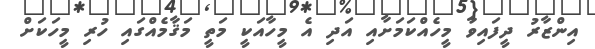
އިންޒާރު ދީފައިވާ މީހެއްކަމަށާއި އަދި އެ މީހާއަކީ މަތީ މަޤާމެއްގައި ހުރި މީހަކަށް